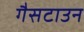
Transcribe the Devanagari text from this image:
गैसटाउन